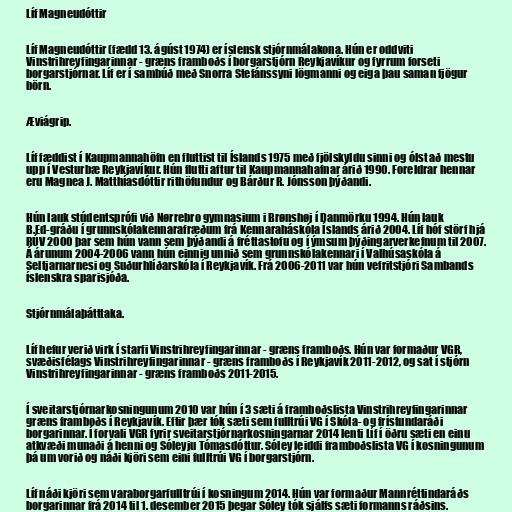
Líf Magneudóttir

Líf Magneudóttir (fædd 13. ágúst 1974) er íslensk stjórnmálakona. Hún er oddviti
Vinstrihreyfingarinnar - græns framboðs í borgarstjórn Reykjavíkur og fyrrum forseti
borgarstjórnar. Líf er í sambúð með Snorra Stefánssyni lögmanni og eiga þau saman fjögur
börn.

Æviágrip.

Líf fæddist í Kaupmannahöfn en fluttist til Íslands 1975 með fjölskyldu sinni og ólst að mestu
upp í Vesturbæ Reykjavíkur. Hún flutti aftur til Kaupmannahafnar árið 1990. Foreldrar hennar
eru Magnea J. Matthíasdóttir rithöfundur og Bárður R. Jónsson þýðandi.

Hún lauk stúdentsprófi við Nørrebro gymnasium i Brønshøj í Danmörku 1994. Hún lauk
B.Ed-gráðu í grunnskólakennarafræðum frá Kennaraháskóla Íslands árið 2004. Líf hóf störf hjá
RÚV 2000 þar sem hún vann sem þýðandi á fréttastofu og í ýmsum þýðingarverkefnum til 2007.
Á árunum 2004-2006 vann hún einnig unnið sem grunnskólakennari í Valhúsaskóla á
Seltjarnarnesi og Suðurhlíðarskóla í Reykjavík. Frá 2006-2011 var hún vefritstjóri Sambands
íslenskra sparisjóða.

Stjórnmálaþátttaka.

Líf hefur verið virk í starfi Vinstrihreyfingarinnar - græns framboðs. Hún var formaður VGR,
svæðisfélags Vinstrihreyfingarinnar - græns framboðs í Reykjavík 2011-2012, og sat í stjórn
Vinstrihreyfingarinnar - græns framboðs 2011-2015.

Í sveitarstjórnarkosningunum 2010 var hún í 3 sæti á framboðslista Vinstrihreyfingarinnar
græns framboðs í Reykjavík. Eftir þær tók sæti sem fulltrúi VG í Skóla- og frístundaráði
borgarinnar. Í forvali VGR fyrir sveitarstjórnarkosningarnar 2014 lenti Líf í öðru sæti en einu
atkvæði munaði á henni og Sóleyju Tómasdóttur. Sóley leiddi framboðslista VG í kosningunum
þá um vorið og náði kjöri sem eini fulltrúi VG í borgarstjórn.

Líf náði kjöri sem varaborgarfulltrúi í kosningum 2014. Hún var formaður Mannréttindaráðs
borgarinnar frá 2014 til 1. desember 2015 þegar Sóley tók sjálfs sæti formanns ráðsins.